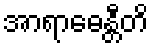
အာရာဓေန္တီတိ